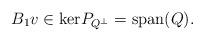
LaTeX: \begin{align*}B_1v\in \mathrm{ker}P_{Q^\perp}=\mathrm{span}(Q).\end{align*}